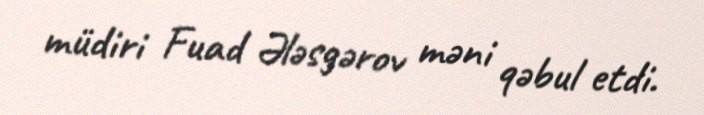
müdiri Fuad Ələsgərov məni qəbul etdi.